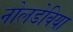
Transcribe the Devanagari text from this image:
नोलडेविया